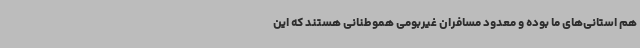
هم استانی‌های ما بوده و معدود مسافران غیربومی هموطنانی‌ هستند که این